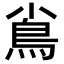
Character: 𩾟